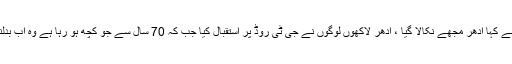
انہوں نے کہا ادھر مجھے نکالا گیا ، ادھر لاکھوں لوگوں نے جی ٹی روڈ پر استقبال کیا جب کہ 70 سال سے جو کچھ ہو رہا ہے وہ اب بدلنا ہوگا۔